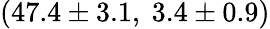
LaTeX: (47.4\pm 3.1,\ 3.4\pm 0.9)